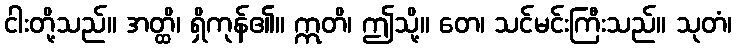
ငါးတို့သည်။ အတ္ထိ၊ ရှိကုန်၏။ ဣတိ၊ ဤသို့။ တေ၊ သင်မင်းကြီးသည်။ သုတံ၊